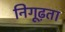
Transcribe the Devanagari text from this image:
निगूढ़ता